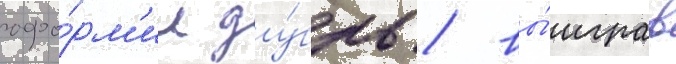
офо́рм'ил ду́бль / вы́играв